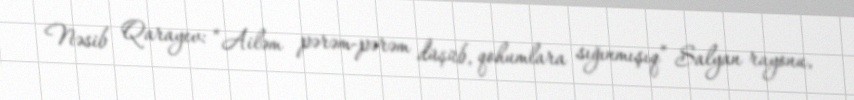
Nəsib Qarayev: “Ailəm pərəm-pərəm düşüb, qohumlara sığınmışıq” Salyan rayonu,